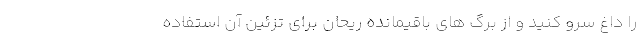
را داغ سرو کنید و از برگ های باقیمانده ریحان برای تزئین آن استفاده